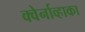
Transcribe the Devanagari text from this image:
क्वेर्नाव्हाका